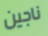
ناجين